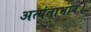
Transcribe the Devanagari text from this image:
अत्यंताभाव।